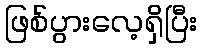
ဖြစ်ပွားလေ့ရှိပြီး